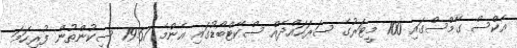
އެކްސް ގޭމްސްގައި 100 މީޓަރުގެ ސަރަހައްދެއް ސްކޭޓްބޯޑުގައި އެންމެ 19.67 ސިކުންތުން ފުރިހަމަ